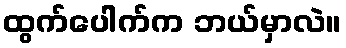
ထွက်ပေါက်က ဘယ်မှာလဲ။